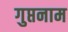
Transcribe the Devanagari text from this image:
गुप्तनाम